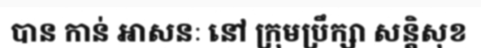
បាន កាន់ អាសនៈ នៅ ក្រុមប្រឹក្សា សន្តិសុខ